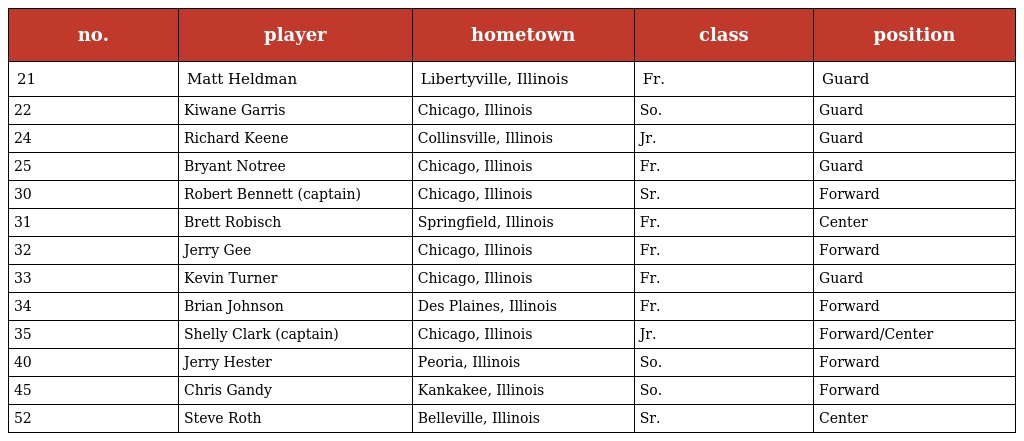
| no. | player | hometown | class | position |
 | --- | --- | --- | --- | --- |
 | 21 | Matt Heldman | Libertyville, Illinois | Fr. | Guard |
 | 22 | Kiwane Garris | Chicago, Illinois | So. | Guard |
 | 24 | Richard Keene | Collinsville, Illinois | Jr. | Guard |
 | 25 | Bryant Notree | Chicago, Illinois | Fr. | Guard |
 | 30 | Robert Bennett (captain) | Chicago, Illinois | Sr. | Forward |
 | 31 | Brett Robisch | Springfield, Illinois | Fr. | Center |
 | 32 | Jerry Gee | Chicago, Illinois | Fr. | Forward |
 | 33 | Kevin Turner | Chicago, Illinois | Fr. | Guard |
 | 34 | Brian Johnson | Des Plaines, Illinois | Fr. | Forward |
 | 35 | Shelly Clark (captain) | Chicago, Illinois | Jr. | Forward/Center |
 | 40 | Jerry Hester | Peoria, Illinois | So. | Forward |
 | 45 | Chris Gandy | Kankakee, Illinois | So. | Forward |
 | 52 | Steve Roth | Belleville, Illinois | Sr. | Center |